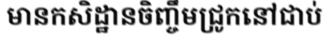
មានកសិដ្ឋានចិញ្ចឹមជ្រូកនៅជាប់